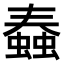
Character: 𧐧